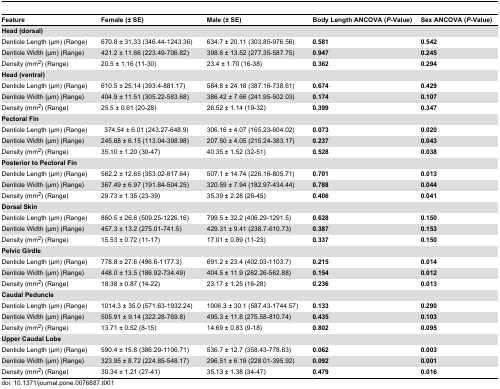
<table><thead><tr><td><b>Feature</b></td><td><b>Female (± SE)</b></td><td><b>Male (± SE)</b></td><td><b>Body Length ANCOVA (<i>P</i>-Value)</b></td><td><b>Sex ANCOVA (<i>P</i>-Value)</b></td></tr></thead><tbody><tr><td colspan="5"><b>Head (dorsal)</b></td></tr><tr><td>Denticle Length (μm) (Range)</td><td>670.8 ± 31.33 (346.44-1243.36)</td><td>634.7 ± 20.11 (303.85-976.56)</td><td><b>0.581</b></td><td><b>0.542</b></td></tr><tr><td>Denticle Width (μm) (Range)</td><td>421.2 ± 11.66 (223.49-706.82)</td><td>398.6 ± 13.52 (277.35-587.75)</td><td><b>0.947</b></td><td><b>0.245</b></td></tr><tr><td>Density (mm<sup>2</sup>) (Range)</td><td>20.5 ± 1.16 (11-30)</td><td>23.4 ± 1.70 (16-38)</td><td><b>0.362</b></td><td><b>0.294</b></td></tr><tr><td colspan="5"><b>Head (ventral)</b></td></tr><tr><td>Denticle Length (μm) (Range)</td><td>610.5 ± 25.14 (393.4-881.17)</td><td>584.8 ± 24.18 (387.16-738.61)</td><td><b>0.674</b></td><td><b>0.429</b></td></tr><tr><td>Denticle Width (μm) (Range)</td><td>404.9 ± 11.51 (305.22-583.68)</td><td>386.42 ± 7.66 (241.95-502.03)</td><td><b>0.174</b></td><td><b>0.107</b></td></tr><tr><td>Density (mm<sup>2</sup>) (Range)</td><td>25.5 ± 0.61 (20-28)</td><td>26.52 ± 1.14 (19-32)</td><td><b>0.399</b></td><td><b>0.347</b></td></tr><tr><td colspan="5"><b>Pectoral Fin</b></td></tr><tr><td>Denticle Length (μm) (Range)</td><td> 374.54 ± 6.01 (243.27-648.9)</td><td>306.16 ± 4.07 (165.23-604.02)</td><td><b>0.073</b></td><td><b>0.020</b></td></tr><tr><td>Denticle Width (μm) (Range)</td><td>245.68 ± 6.15 (113.04-398.98)</td><td>207.50 ± 4.05 (215.24-383.17)</td><td><b>0.237</b></td><td><b>0.043</b></td></tr><tr><td>Density (mm<sup>2</sup>) (Range)</td><td>35.10 ± 1.20 (30-47)</td><td>40.35 ± 1.52 (32-51)</td><td><b>0.528</b></td><td><b>0.038</b></td></tr><tr><td colspan="5"><b>Posterior to Pectoral Fin</b></td></tr><tr><td>Denticle Length (μm) (Range)</td><td>562.2 ± 12.65 (353.02-817.64)</td><td>507.1 ± 14.74 (226.16-805.71)</td><td><b>0.701</b></td><td><b>0.013</b></td></tr><tr><td>Denticle Width (μm) (Range)</td><td>367.49 ± 6.97 (191.84-504.25)</td><td>320.59 ± 7.94 (182.97-434.44)</td><td><b>0.788</b></td><td><b>0.044</b></td></tr><tr><td>Density (mm<sup>2</sup>) (Range)</td><td>29.73 ± 1.35 (23-39)</td><td>35.39 ± 2.28 (26-45)</td><td><b>0.406</b></td><td><b>0.041</b></td></tr><tr><td colspan="5"><b>Dorsal Skin</b></td></tr><tr><td>Denticle Length (μm) (Range)</td><td>860.5 ± 26.6 (509.25-1226.16)</td><td>799.5 ± 32.2 (406.29-1291.5)</td><td><b>0.628</b></td><td><b>0.150</b></td></tr><tr><td>Denticle Width (μm) (Range)</td><td>457.3 ± 13.2 (275.01-741.5)</td><td>429.31 ± 9.41 (238.7-610.73)</td><td><b>0.387</b></td><td><b>0.153</b></td></tr><tr><td>Density (mm<sup>2</sup>) (Range)</td><td>15.53 ± 0.72 (11-17)</td><td>17.01 ± 0.89 (11-23)</td><td><b>0.337</b></td><td><b>0.150</b></td></tr><tr><td colspan="5"><b>Pelvic Girdle</b></td></tr><tr><td>Denticle Length (μm) (Range)</td><td>778.8 ± 27.6 (496.6-1177.3)</td><td>691.2 ± 23.4 (402.03-1103.7)</td><td><b>0.215</b></td><td><b>0.014</b></td></tr><tr><td>Denticle Width (μm) (Range)</td><td>448.0 ± 13.5 (186.92-734.49)</td><td>404.5 ± 11.9 (262.26-562.88)</td><td><b>0.154</b></td><td><b>0.012</b></td></tr><tr><td>Density (mm<sup>2</sup>) (Range)</td><td>18.38 ± 0.87 (14-22)</td><td>23.17 ± 1.25 (16-28)</td><td><b>0.236</b></td><td><b>0.013</b></td></tr><tr><td colspan="5"><b>Caudal Peduncle</b></td></tr><tr><td>Denticle Length (μm) (Range)</td><td>1014.3 ± 35.0 (571.63-1932.24)</td><td>1006.3 ± 30.1 (587.43-1744.57)</td><td><b>0.133</b></td><td><b>0.290</b></td></tr><tr><td>Denticle Width (μm) (Range)</td><td>505.91 ± 9.14 (322.28-769.8)</td><td>495.3 ± 11.8 (275.58-810.74)</td><td><b>0.435</b></td><td><b>0.103</b></td></tr><tr><td>Density (mm<sup>2</sup>) (Range)</td><td>13.71 ± 0.52 (8-15)</td><td>14.69 ± 0.83 (9-18)</td><td><b>0.802</b></td><td><b>0.095</b></td></tr><tr><td colspan="5"><b>Upper Caudal Lobe</b></td></tr><tr><td>Denticle Length (μm) (Range)</td><td>590.4 ± 15.8 (386.29-1106.71)</td><td>536.7 ± 12.7 (358.43-778.83)</td><td><b>0.062</b></td><td><b>0.003</b></td></tr><tr><td>Denticle Width (μm) (Range)</td><td>323.95 ± 8.72 (224.85-548.17)</td><td>296.51 ± 6.19 (228.01-395.92)</td><td><b>0.092</b></td><td><b>0.001</b></td></tr><tr><td>Density (mm<sup>2</sup>) (Range)</td><td>30.34 ± 1.21 (27-41)</td><td>35.13 ± 1.38 (34-47)</td><td><b>0.479</b></td><td><b>0.016</b></td></tr></tbody></table>